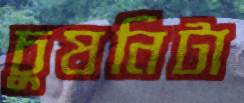
চুষনিটা